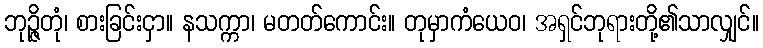
ဘုဉ္ဇိတုံ၊ စားခြင်းငှာ။ နသက္ကာ၊ မတတ်ကောင်း။ တုမှာကံယေဝ၊ အရှင်ဘုရားတို့၏သာလျှင်။